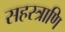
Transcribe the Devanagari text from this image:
सहस्त्राणि